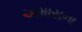
અમાસના